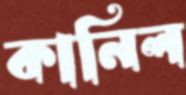
কানিল